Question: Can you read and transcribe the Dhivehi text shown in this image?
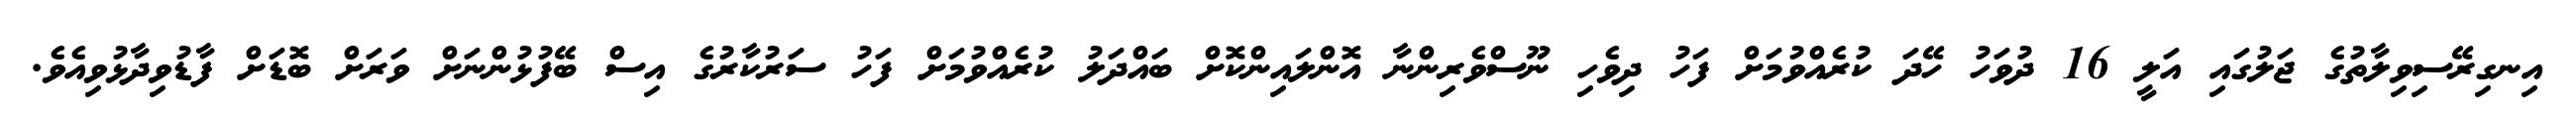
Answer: އިނގިރޭސިވިލާތުގެ ޖަލުގައި އަލީ 16 ދުވަހު ހޭދަ ކުރެއްވުމަށް ފަހު ދިވެހި ނޫސްވެރިންނާ އޮންލައިންކޮށް ބައްދަލު ކުރެއްވުމަށް ފަހު ސަރުކާރުގެ އިސް ބޭފުޅުންނަށް ވަރަށް ބޮޑަށް ފާޑުވިދާޅުވިއެވެ.